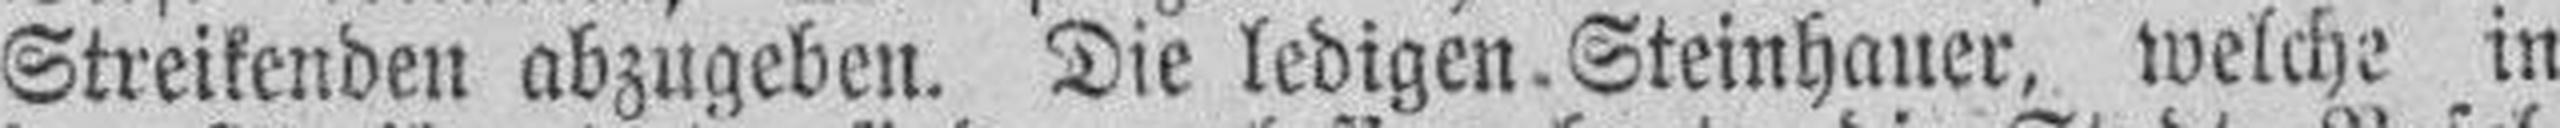
Streikenden abzugeben. Die ledigen Steinhauer, welche in